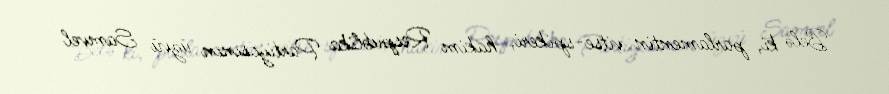
Belə ki, parlamentin vitse-spikeri, hakim Respublika Partiyasının üzvü Samvel